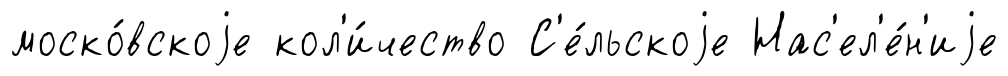
моско́вскоjе кол'и́чество С'е́льскоjе Нас'ел'е́н'иjе